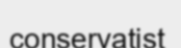
conservatist